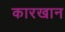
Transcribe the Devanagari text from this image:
कारखान